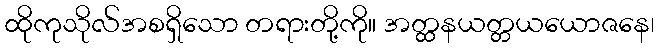
ထိုကုသိုလ်အစရှိသော တရားတို့ကို။ အတ္ထနယတ္တယယောဇနေ၊